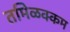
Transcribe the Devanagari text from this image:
तमिळक्कम